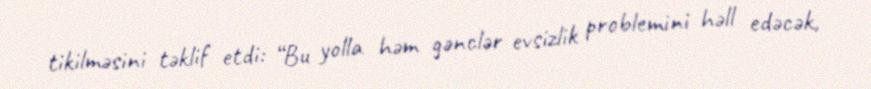
tikilməsini təklif etdi: “Bu yolla həm gənclər evsizlik problemini həll edəcək,